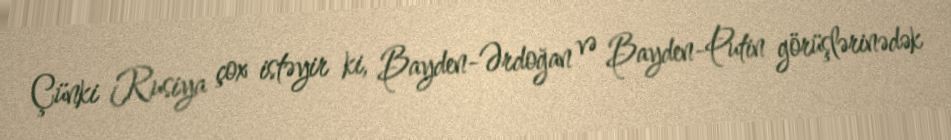
Çünki Rusiya çox istəyir ki, Bayden-Ərdoğan və Bayden-Putin görüşlərinədək